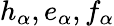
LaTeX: h_{\alpha},e_{\alpha},f_{\alpha}